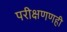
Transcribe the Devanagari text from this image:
परीक्षणणही